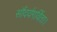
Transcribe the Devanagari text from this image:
सौंदर्यगर्विता।